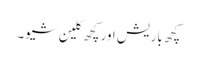
کچھ باریش اور کچھ کلین شیو۔